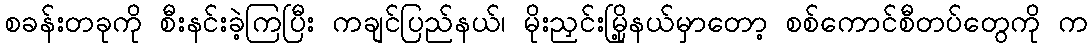
စခန်းတခုကို စီးနင်းခဲ့ကြပြီး ကချင်ပြည်နယ်၊ မိုးညှင်းမြို့နယ်မှာတော့ စစ်ကောင်စီတပ်တွေကို က